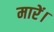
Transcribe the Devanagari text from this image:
मारें।